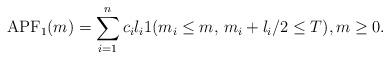
LaTeX: \begin{align*}\mathrm{APF}_1(m)=\sum_{i=1}^n c_i l_i 1(m_i\le m,\,m_i+l_i/2\le T),m\geq 0.\end{align*}